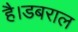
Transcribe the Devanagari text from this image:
है।डबराल